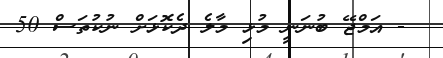
- އަމްޖޭ ބުނަނީ މުޅި މާލެ ދެކޮޅަށް ނުކުތަސް 50